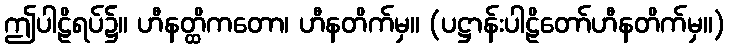
ဤပါဠိရပ်၌။ ဟီနတ္ထိကတော၊ ဟီနတိက်မှ။ (ပဋ္ဌာန်းပါဠိတော်ဟီနတိက်မှ။)